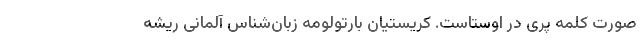
صورت کلمه پری در اوستاست. کریستیان بارتولومه زبان‌شناس آلمانی ریشه